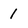
Character: 1